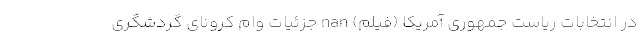
در انتخابات ریاست جمهوری آمریکا (فیلم) nan جزئیات وام کرونای گردشگری